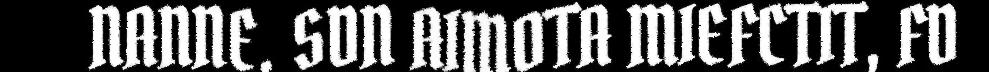
NANNE. SDN AIMOTA MIEFCTIT, FD